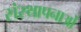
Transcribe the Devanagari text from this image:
संस्‍थापनाओं